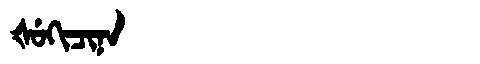
Manchu: ᡧᡠᡴᡳᠴᡳᠨᠠ
Romanization: ŠUKICINA